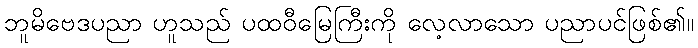
ဘူမိဗေဒပညာ ဟူသည် ပထဝီမြေကြီးကို လေ့လာသော ပညာပင်ဖြစ်၏။